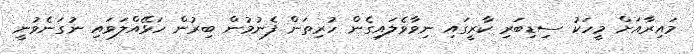
މައިރާއަށް މީހަކު ސިޑިބަރި ކާރީގައި ނިވާވެލައިގެން ހުރިތަން ފެނުމުން ބިރުން ހަޅޭއްލަވައި ނުގަނެވުނީ